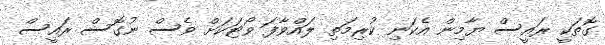
ގޮތަކީ ރައީސް ޔާމިން އެކަނި ކުރިމަތި ލައްވާފަ ވޯޓަކަށް ވެސް ނުގޮސް ރައީސް